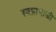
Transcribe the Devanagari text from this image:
स्वप्नामाजी